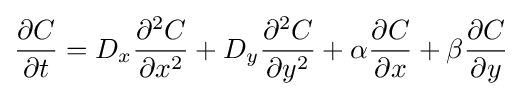
{\frac {\partial C}{\partial t}}=D_{x}{\frac {\partial ^{2}C}{\partial x^{2}}}+D_{y}{\frac {\partial ^{2}C}{\partial y^{2}}}+\alpha {\frac {\partial C}{\partial x}}+\beta {\frac {\partial C}{\partial y}}